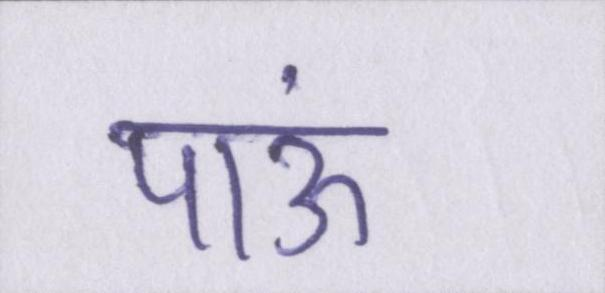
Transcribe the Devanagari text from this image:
पाऊं